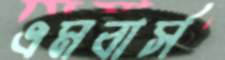
এমবার্স